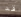
قد